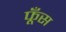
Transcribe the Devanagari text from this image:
फूँस